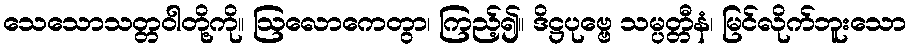
သေသောသတ္တဝါတို့ကို။ ဩလောကေတွာ၊ ကြည့်၍။ ဒိဋ္ဌပုဗ္ဗေ သမ္ပတ္တီနံ၊ မြင်လိုက်ဘူးသော